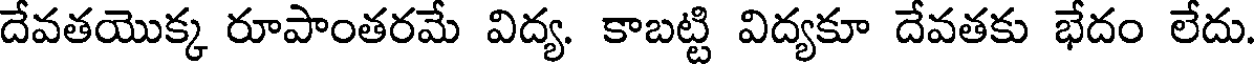
దేవతయొక్క రూపాంతరమే విద్య. కాబట్టి విద్యకూ దేవతకు భేదం లేదు.